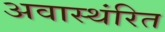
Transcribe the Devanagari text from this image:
अवास्थंरित